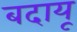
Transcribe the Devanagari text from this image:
बदायू